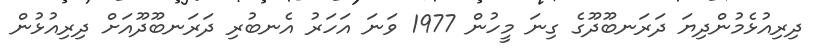
ދިރިއުޅެމުންދިޔަ ދަރަނބޫދޫގެ ގިނަ މީހުން 1977 ވަނަ އަހަރު އެނބުރި ދަރަނބޫދޫއަށް ދިރިއުޅުން